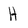
Character: H